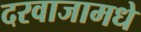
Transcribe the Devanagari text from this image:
दरवाजामधे